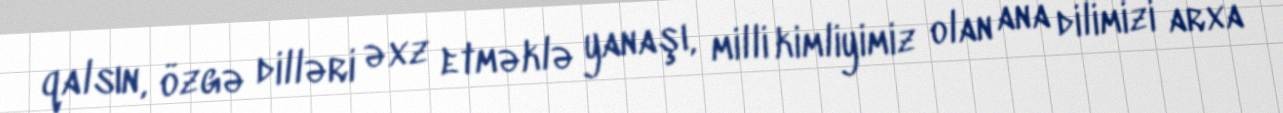
qalsın, özgə dilləri əxz etməklə yanaşı, milli kimliyimiz olan ana dilimizi arxa